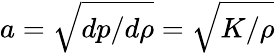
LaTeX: a=\sqrt{{dp}/{d\rho}}=\sqrt{{K}/{\rho}}